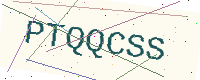
Text: PTQQCSS